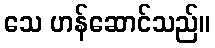
သေ ဟန်ဆောင်သည်။